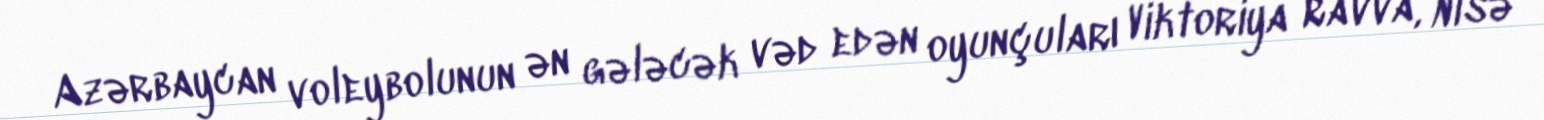
Azərbaycan voleybolunun ən gələcək vəd edən oyunçuları Viktoriya Ravva, Nisə